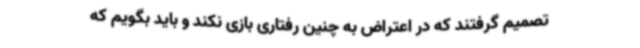
تصمیم گرفتند که در اعتراض به چنین رفتاری بازی نکند و باید بگویم که